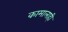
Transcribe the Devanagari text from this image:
कामालाही